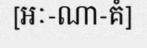
[អៈ-ណា-គំ]